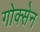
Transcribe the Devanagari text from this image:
गोक्सेन